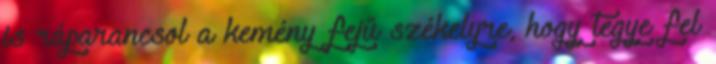
is ráparancsol a kemény fejű székelyre, hogy tegye fel